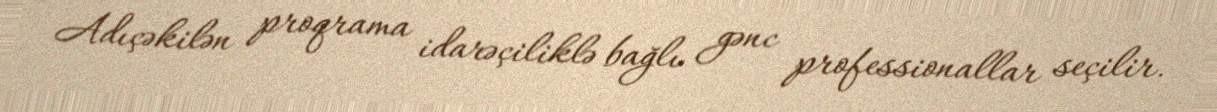
Adıçəkilən proqrama idarəçiliklə bağlı gənc professionallar seçilir.